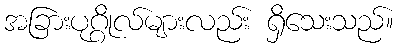
အခြားပုဂ္ဂိုလ်များလည်း ရှိသေးသည်။